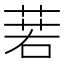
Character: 𦴈